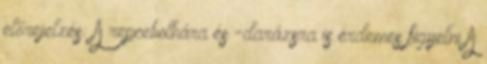
előrejelzés: A repcebolhára és -darázsra is érdemes figyelni A